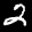
Label: 2